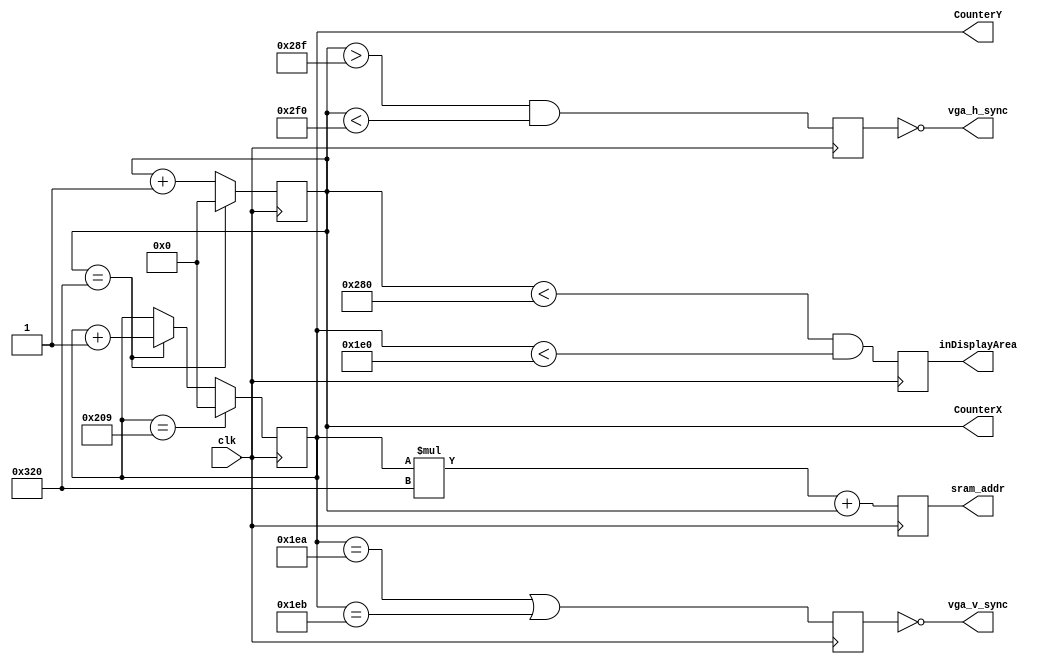
`timescale 1ns / 1ps


///////////////////
// File Name:   VGA Tutorial
// https://github.com/picus3/2048-Verilog/blob/master/hvsync_generator.v#L45
///////////////////
// timing diagram for the horizontal synch signal (HS)
// 0                       655    752           800 (pixels)
// -------------------------|______|-----------------
// timing diagram for the vertical synch signal (VS)
// 0                                 490    491  525 (lines)
// -----------------------------------|______|-------


module hvsync_generator(clk, sram_addr, vga_h_sync, vga_v_sync, inDisplayArea, CounterX, CounterY);
input clk;
//input reset;
output [18:0] sram_addr;
output vga_h_sync, vga_v_sync;
output inDisplayArea;

//////////////////////////////////////////////////
output [18:0] CounterX;
output [18:0] CounterY;
reg [18:0] CounterX;
reg [18:0] CounterY;
//////////////////////////////////////////////////

reg reset = 1'b0;
reg [18:0] sram_addr;
reg vga_HS, vga_VS;
reg inDisplayArea;


reg [18:0] screen_width = 19'h320;   //h280==640   //h320==800
reg [18:0] screen_height = 19'h209;  //h1E0==480   //h209==521

//increment column counter
always @(posedge clk)
begin
   if(reset)
      CounterX <= 0;
   else if(CounterX==screen_width)
	   CounterX <= 0;
   else
	   CounterX <= CounterX +1;
end

//increment row counter
always @(posedge clk)
begin
   if(reset)
      CounterY <= 0; 
   else if(CounterY==screen_height)     
      CounterY<=0;
   else if(CounterX==screen_width) 
      CounterY <= CounterY + 1;

end


// increment framebuffer memory address
always @(posedge clk)
begin
    sram_addr <= (CounterY*screen_width)+CounterX;
end

//generate synchronization signal for both vertical and horizontal
always @(posedge clk)
begin
	vga_HS <= (CounterX>655 && CounterX<752); 	// change these values to move the display horizontally
	vga_VS <= (CounterY==490 ||CounterY==491); 	// change these values to move the display vertically
end 


always @(posedge clk)
   if(reset)
      inDisplayArea<=0;
   else
	   inDisplayArea <= (CounterX<640) && (CounterY<480);
	
assign vga_h_sync = ~vga_HS;
assign vga_v_sync = ~vga_VS;

endmodule
 

/********************************************/


/*
module hvsync_generator(clk, sram_addr, vga_h_sync, vga_v_sync, inDisplayArea, CounterX, CounterY);
	input clk;
	output vga_h_sync, vga_v_sync;
	output inDisplayArea;
    output [18:0] sram_addr;
	
	//////////////////////////////////////////////////
	output [18:0] CounterX;
	output [18:0] CounterY;
	reg [18:0] CounterX;
	reg [18:0] CounterY;
	//////////////////////////////////////////////////

	wire CounterXmaxed = (CounterX==10'h2FF); //decimal 767 -  compare 10 to 18 digit??
	wire CounterYmaxed = (CounterY==10'h1FF); //decimal 511 - max of 9 bits ?? 

    reg [18:0] sram_addr;

    //640 X 480 = 307200

	always @(posedge clk)
	begin
		if(CounterXmaxed)
			CounterX <= 0;
		else
			CounterX <= CounterX + 1;
    end

	always @(posedge clk)
	begin
	    // keith added this when counters were expanded to 19 bits
		if(CounterYmaxed)
		    CounterY <= 0;	
		if(CounterXmaxed)
		    CounterY <= CounterY + 1;
    end

	//increment framebuffer memory address
	always @(posedge clk)
	begin
	  sram_addr <= (CounterY*19'h320)+CounterX;
	end


	reg	vga_HS, vga_VS;
	always @(posedge clk)
	begin
		//vga_HS <= (CounterX[9:4]==6'h2D); //2d=45  // change this value to move the display horizontally
		vga_HS <= (CounterX[9:0]==10'h2DF);          // change this value to move the display horizontally
		vga_VS <= (CounterY==500);                   // change this value to move the display vertically
	end

	reg inDisplayArea;
	always @(posedge clk)
	if(inDisplayArea==0)
		inDisplayArea <= (CounterXmaxed) && (CounterY<480);
	else
		inDisplayArea <= !(CounterX==639);
		
	assign vga_h_sync = ~vga_HS;
	assign vga_v_sync = ~vga_VS;

endmodule
*/